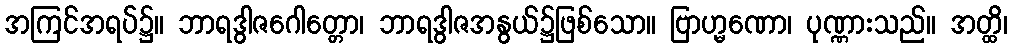
အကြင်အရပ်၌။ ဘာရဒွါဇဂေါတ္တော၊ ဘာရဒွါဇအနွယ်၌ဖြစ်သော။ ဗြာဟ္မဏော၊ ပုဏ္ဏားသည်။ အတ္ထိ၊